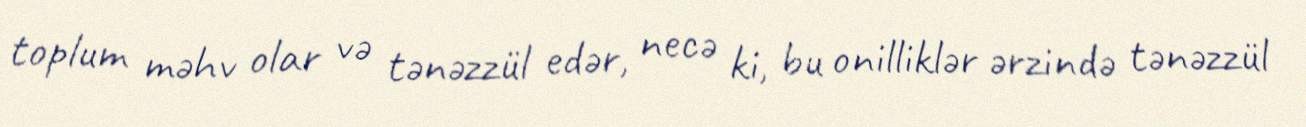
toplum məhv olar və tənəzzül edər, necə ki, bu onilliklər ərzində tənəzzül